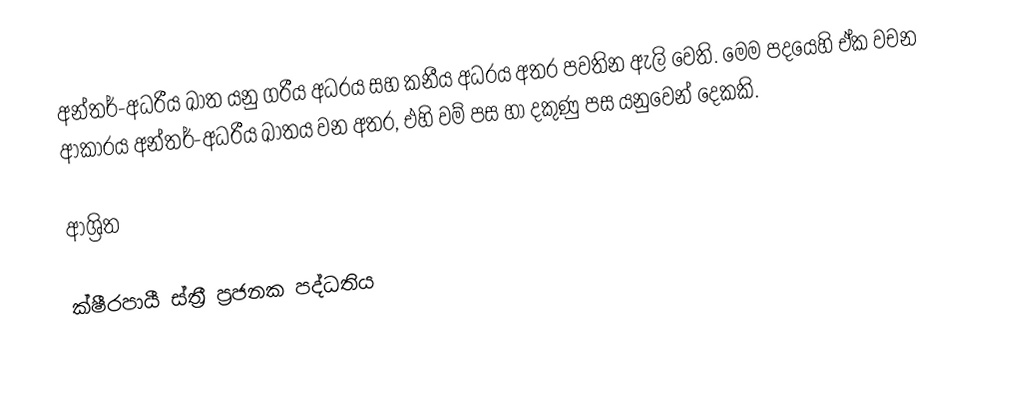
අන්තර්-අධරීය ඛාත යනු  ගරීය අධරය සහ කනීය අධරය අතර පවතින ඇලි වෙති. මෙම පදයෙහි ඒක වචන ආකාරය   අන්තර්-අධරීය ඛාතය වන අතර, එහි වම් පස හා දකුණු පස යනුවෙන් දෙකකි.

ආශ්‍රිත

ක්ෂීරපායී ස්ත්‍රී ප්‍රජනක පද්ධතිය